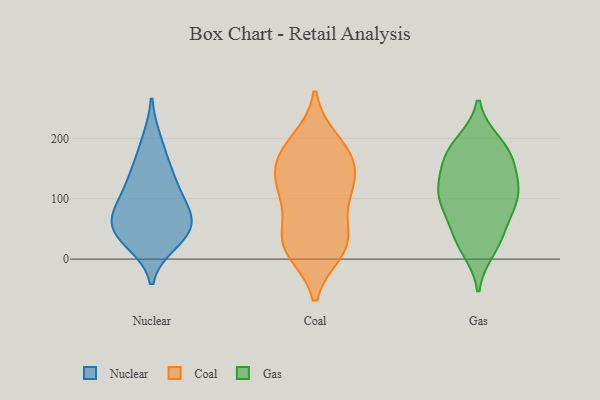
{"axis": {"x": "Market Share (%)", "y": "Value"}, "legend": ["Coal", "Gas", "Nuclear"], "data": [{"x": "", "y": 94, "type": "Nuclear"}, {"x": "", "y": 28, "type": "Nuclear"}, {"x": "", "y": 196, "type": "Nuclear"}, {"x": "", "y": 105, "type": "Nuclear"}, {"x": "", "y": 150, "type": "Nuclear"}, {"x": "", "y": 54, "type": "Nuclear"}, {"x": "", "y": 77, "type": "Nuclear"}, {"x": "", "y": 137, "type": "Nuclear"}, {"x": "", "y": 39, "type": "Nuclear"}, {"x": "", "y": 45, "type": "Nuclear"}, {"x": "", "y": 62, "type": "Nuclear"}, {"x": "", "y": 27, "type": "Coal"}, {"x": "", "y": 178, "type": "Coal"}, {"x": "", "y": 19, "type": "Coal"}, {"x": "", "y": 195, "type": "Coal"}, {"x": "", "y": 147, "type": "Coal"}, {"x": "", "y": 156, "type": "Coal"}, {"x": "", "y": 94, "type": "Coal"}, {"x": "", "y": 180, "type": "Coal"}, {"x": "", "y": 116, "type": "Coal"}, {"x": "", "y": 40, "type": "Coal"}, {"x": "", "y": 135, "type": "Coal"}, {"x": "", "y": 14, "type": "Coal"}, {"x": "", "y": 27, "type": "Coal"}, {"x": "", "y": 104, "type": "Coal"}, {"x": "", "y": 170, "type": "Gas"}, {"x": "", "y": 120, "type": "Gas"}, {"x": "", "y": 192, "type": "Gas"}, {"x": "", "y": 17, "type": "Gas"}, {"x": "", "y": 111, "type": "Gas"}, {"x": "", "y": 39, "type": "Gas"}, {"x": "", "y": 164, "type": "Gas"}, {"x": "", "y": 164, "type": "Gas"}, {"x": "", "y": 126, "type": "Gas"}, {"x": "", "y": 30, "type": "Gas"}, {"x": "", "y": 90, "type": "Gas"}, {"x": "", "y": 65, "type": "Gas"}, {"x": "", "y": 102, "type": "Gas"}, {"x": "", "y": 188, "type": "Gas"}, {"x": "", "y": 99, "type": "Gas"}]}